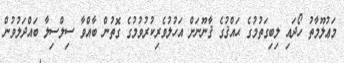
މަޢުލޫމާތު ހޯދައި ލިބިގަތުމުގެ ޙައްޤުގެ ޤާނޫނަށް އަހުލުވެރިކުރުވުމުގެ ގޮތުން ބާއްވާ ސިލްސިލާ ބައްދަލުވުން